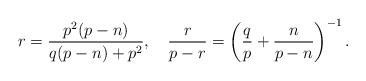
LaTeX: \begin{align*}r = \frac{p^2(p-n)}{q(p-n)+p^2},\quad\frac{r}{p-r} = \left(\frac{q}{p} + \frac{n}{p-n}\right)^{-1}.\end{align*}